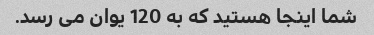
شما اینجا هستید که به 120 یوان می رسد.